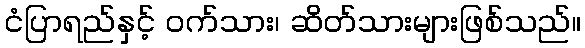
ငံပြာရည်နှင့် ဝက်သား၊ ဆိတ်သားများဖြစ်သည်။